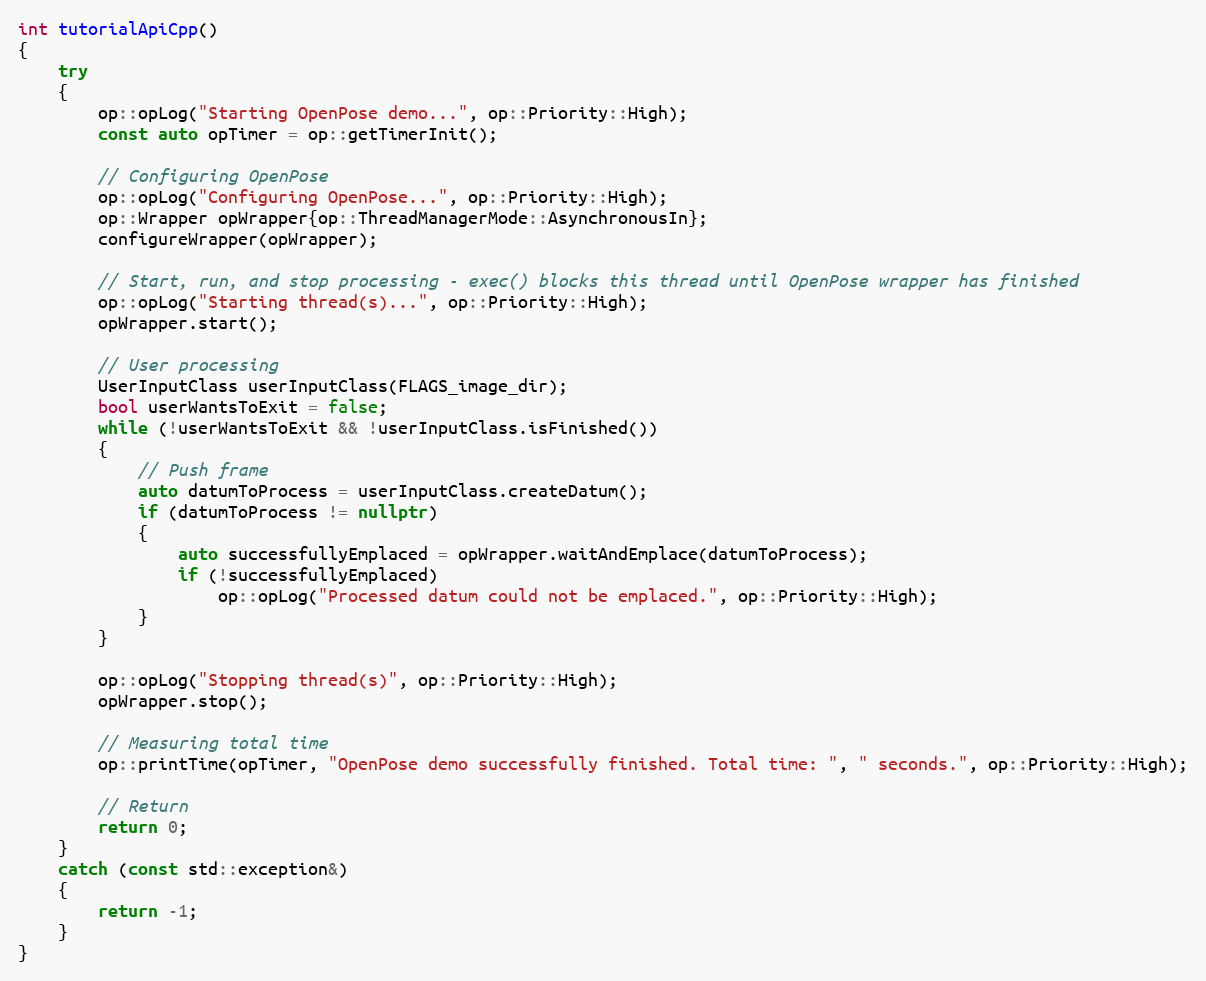
Language: C++
int tutorialApiCpp()
{
    try
    {
        op::opLog("Starting OpenPose demo...", op::Priority::High);
        const auto opTimer = op::getTimerInit();

        // Configuring OpenPose
        op::opLog("Configuring OpenPose...", op::Priority::High);
        op::Wrapper opWrapper{op::ThreadManagerMode::AsynchronousIn};
        configureWrapper(opWrapper);

        // Start, run, and stop processing - exec() blocks this thread until OpenPose wrapper has finished
        op::opLog("Starting thread(s)...", op::Priority::High);
        opWrapper.start();

        // User processing
        UserInputClass userInputClass(FLAGS_image_dir);
        bool userWantsToExit = false;
        while (!userWantsToExit && !userInputClass.isFinished())
        {
            // Push frame
            auto datumToProcess = userInputClass.createDatum();
            if (datumToProcess != nullptr)
            {
                auto successfullyEmplaced = opWrapper.waitAndEmplace(datumToProcess);
                if (!successfullyEmplaced)
                    op::opLog("Processed datum could not be emplaced.", op::Priority::High);
            }
        }

        op::opLog("Stopping thread(s)", op::Priority::High);
        opWrapper.stop();

        // Measuring total time
        op::printTime(opTimer, "OpenPose demo successfully finished. Total time: ", " seconds.", op::Priority::High);

        // Return
        return 0;
    }
    catch (const std::exception&)
    {
        return -1;
    }
}